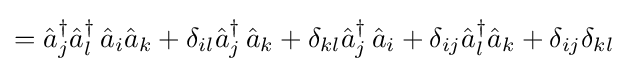
={\hat {a}}_{j}^{\dagger }{\hat {a}}_{l}^{\dagger }\,{\hat {a}}_{i}{\hat {a}}_{k}+\delta _{il}{\hat {a}}_{j}^{\dagger }\,{\hat {a}}_{k}+\delta _{kl}{\hat {a}}_{j}^{\dagger }\,{\hat {a}}_{i}+\delta _{ij}{\hat {a}}_{l}^{\dagger }{\hat {a}}_{k}+\delta _{ij}\delta _{kl}